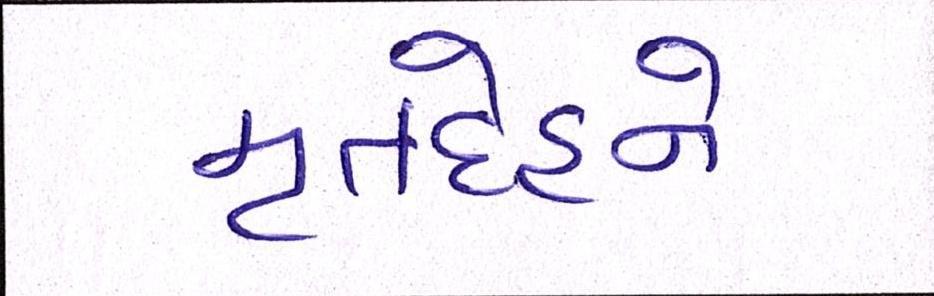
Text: મૃતદેહને